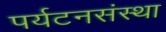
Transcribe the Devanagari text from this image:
पर्यटनसंस्था